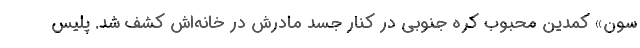
سون» کمدین محبوب کره جنوبی در کنار جسد مادرش در خانه‌اش کشف شد. پلیس